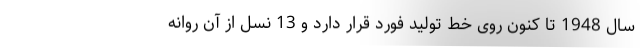
سال 1948 تا کنون روی خط تولید فورد قرار دارد و 13 نسل از آن روانه